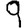
Digit: 9